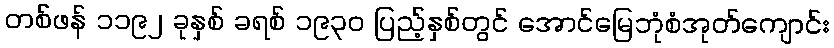
တစ်ဖန် ၁၁၉၂ ခုနှစ် ခရစ် ၁၉၃၀ ပြည့်နှစ်တွင် အောင်မြေဘုံစံအုတ်ကျောင်း